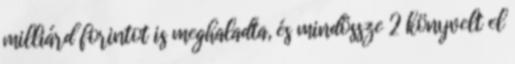
milliárd forintot is meghaladta, és mindössze 2 könyvelt el